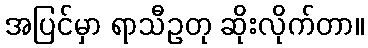
အပြင်မှာ ရာသီဥတု ဆိုးလိုက်တာ။